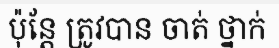
ប៉ុន្តែ ត្រូវបាន ចាត់ ថ្នាក់